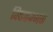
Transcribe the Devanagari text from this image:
विषकम्भक